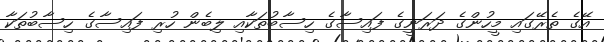
އޭގެ ތެރޭގައި މީހުންގެ ދަރަނީގެ ފައިސާގެ ހިސާބުތަކާއި ލިބެން ހުރި ފައިސާގެ ހިސާބުތަކާ